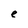
Character: e